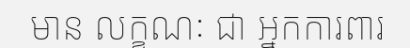
មាន លក្ខណៈ ជា អ្នកការពារ